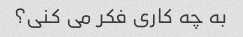
به چه کاری فکر می کنی؟